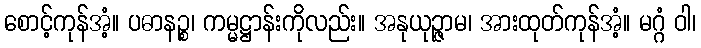
စောင့်ကုန်အံ့။ ပဓာနဉ္စ၊ ကမ္မဋ္ဌာန်းကိုလည်း။ အနုယုဉ္ဇာမ၊ အားထုတ်ကုန်အံ့။ မဂ္ဂံ ဝါ၊